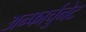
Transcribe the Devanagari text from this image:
अन्फार्चुनेट